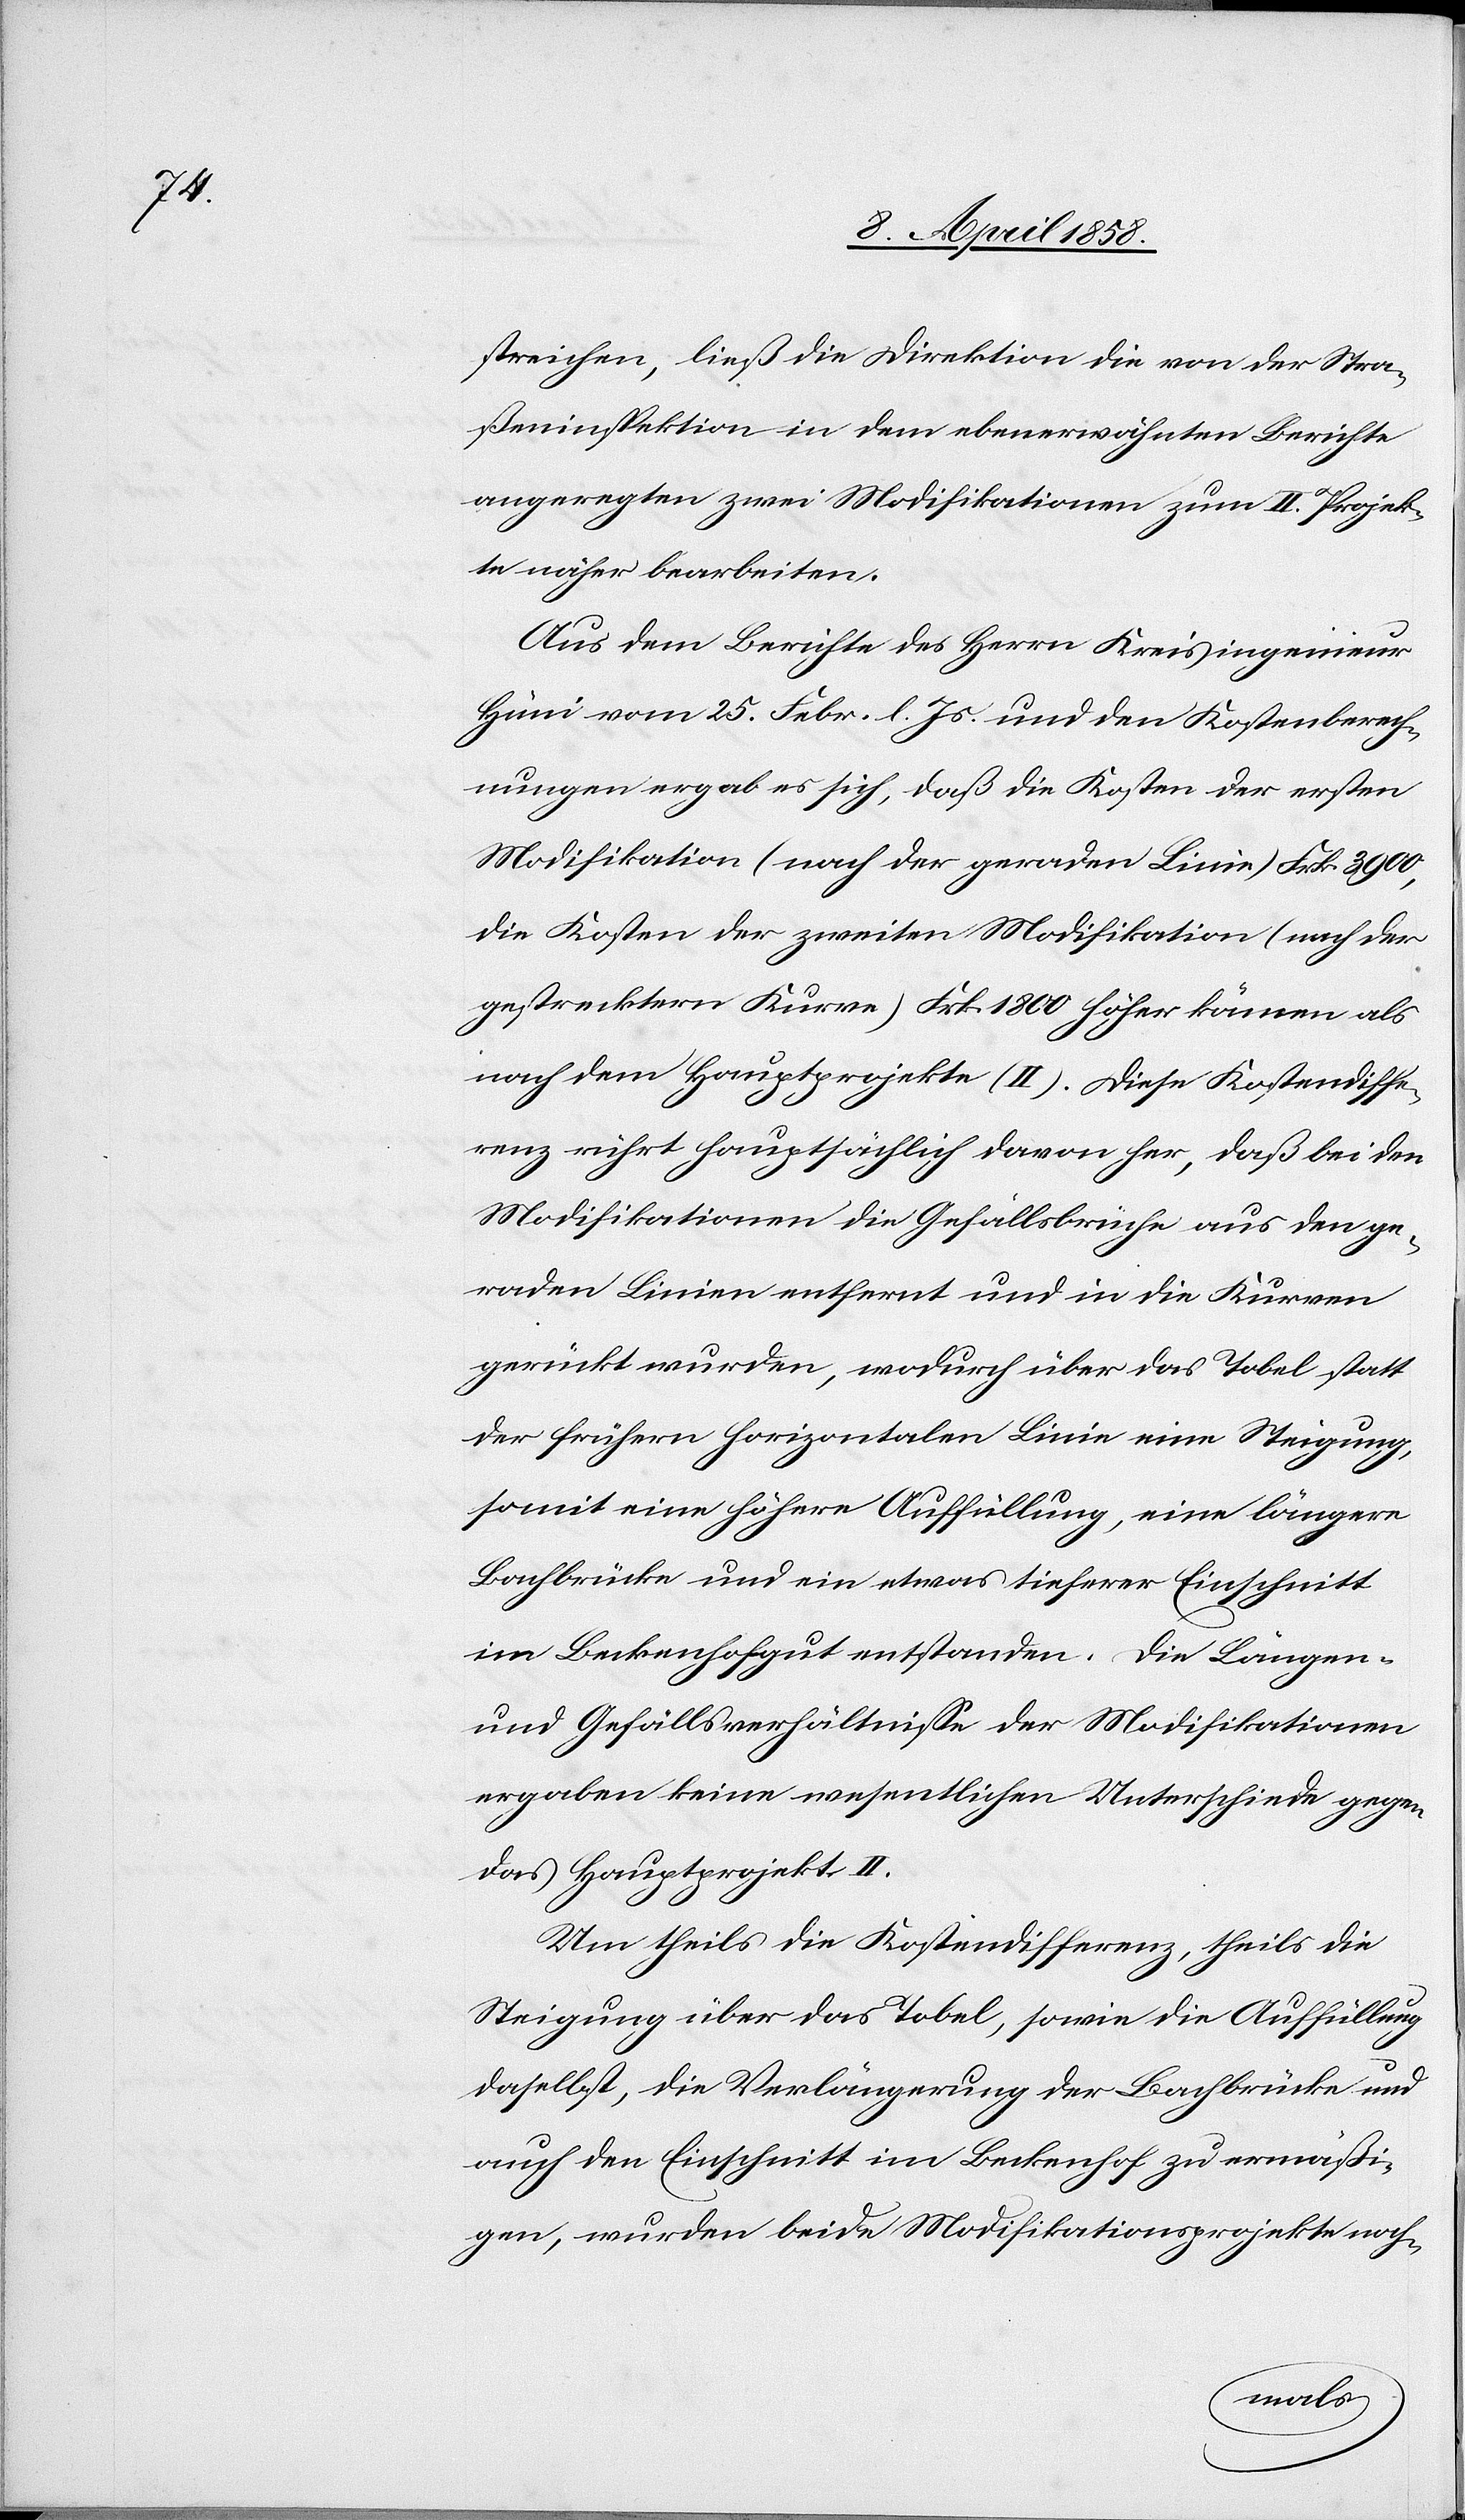
streichen, ließ die Direktion die von der Stra¬
ßeninspektion in dem ebenerwähnten Berichte
angeregten zwei Modifikationen zum II. Projek¬
te näher bearbeiten.
Aus dem Berichte des Herrn Kreisingenieur
Hüni vom 25. Febr. l. Js. und den Kostenberech¬
nungen ergab es sich, daß die Kosten der ersten
Modifikation (nach der geraden Linie) Frk. 3900,
die Kosten der zweiten Modifikation (nach der
gestrecktern Kurve) Frk. 1800 höher kämen als
nach dem Hauptprojekte (II). Diese Kostendiffe¬
renz rührt hauptsächlich davon her, daß bei den
Modifikationen die Gefällsbrüche aus den ge¬
raden Linien entfernt und in die Kurven
gerückt wurden, wodurch über das Tobel statt
der frühern horizontalen Linie eine Steigung,
somit eine höhere Auffüllung, eine längere
Bachbrücke und ein etwas tieferer Einschnitt
im Beckenhofgut entstanden. Die Längen-
und Gefällsverhältnisse der Modifikationen
ergaben keine wesentlichen Unterschiede gegen
das Hauptprojekt II.
Um theils die Kostendifferenz, theils die
Steigung über das Tobel, sowie die Auffüllung
daselbst, die Verlängerung der Bachbrücke und
auch den Einschnitt im Beckenhof zu ermäßi¬
gen, wurden beide Modifikationsprojekte noch-